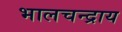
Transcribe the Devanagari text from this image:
भालचन्द्राय